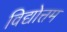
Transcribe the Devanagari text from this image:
विद्योत्तम